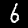
Digit: 6